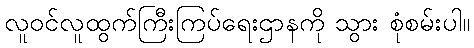
လူဝင်လူထွက်ကြီးကြပ်ရေးဌာနကို သွား စုံစမ်းပါ။